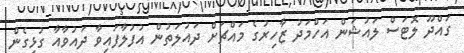
ގައްދޫ ލޮޓަސް ލައުޝަން އަހްމަދު ޒާހިރުގެ މައްޗަށް ދައުލަތުން އުފުލާފައިވާ ދައުވާއާ ގުޅިގެން